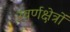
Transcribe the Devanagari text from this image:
स्वर्णक्षेत्रों